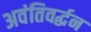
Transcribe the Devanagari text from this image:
अवंतिवर्द्धन